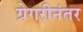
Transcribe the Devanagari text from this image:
ग्रेगरीनंतर